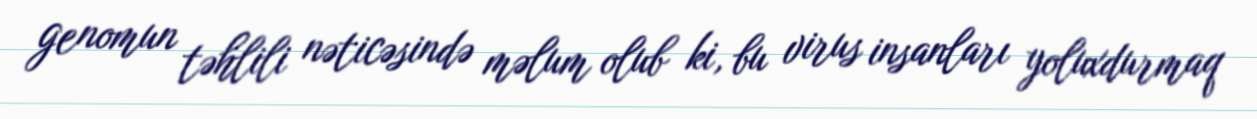
genomun təhlili nəticəsində məlum olub ki, bu virus insanları yoluxdurmaq